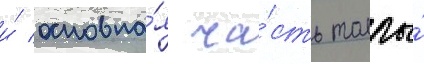
и́ основна́я ча́сть толпы́